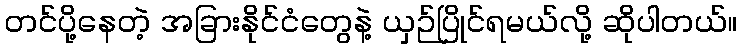
တင်ပို့နေတဲ့ အခြားနိုင်ငံတွေနဲ့ ယှဉ်ပြိုင်ရမယ်လို့ ဆိုပါတယ်။